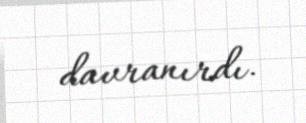
davranırdı.